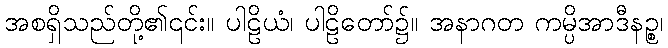
အစရှိသည်တို့၏၎င်း။ ပါဠိယံ၊ ပါဠိတော်၌။ အနာဂတ ကမ္ပိအာဒီနဉ္စ၊